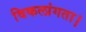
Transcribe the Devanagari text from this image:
विकलांगता।